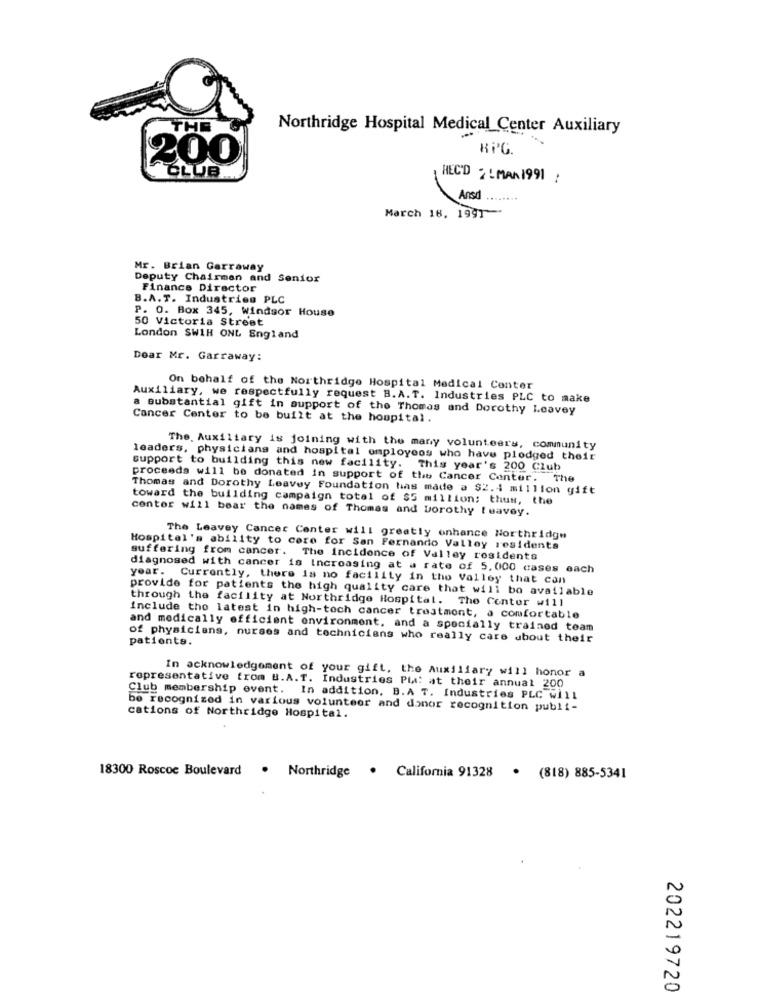
Northridge Hospital Medical Center Auxiliary
RPG.
200
CLUB
HECD !MAN 1991 :
Ansd .
March 18, 1997
Mr. Brian Garraway
Deputy Chairman and Senior
Finance Director
B.A.T. Industries PLC
P. O. Box 345, Windsor House
50 Victoria Street
London SWIH ONL England
Dear Mr. Garraway:
On behalf of the Northridge Hospital Medical Center
Auxiliary, we respectfully request B.A.T. Industries PLC to make
a substantial gift in support of the Thomas and Dorothy Leavey
Cancer Center to be built at the hospital
The. Auxiliary is joining with the many volunteers, community
leaders, physicians and hospital employees who have pledged their
support to building this new facility. This year's 200 Club
proceeds will be donated in support of the Cancer Center. The
Thomas and Dorothy Leavey Foundation has made a $2.4 million gift
toward the building campaign total of $5 million; thus, the
centor will bear the names of Thomas and Dorothy leavey.
The Leavey Cancer Center will greatly enhance Northridge
Hospital's ability to core for San Fernando Valley residents
suffering from cancer. The incidence of Valley residents
diagnosed with cancer is Increasing at a rate of 5,000 cases each
year. Currently, there is no facility in the Valley that can
provide for patients the high quality care that will be available
through the facility at Northridge Hospital. The Center will
include the latest in high-tech cancer treatment, a comfortable
and medically efficient environment, and a specially trained team
of physicians, nurses and techniciens who really care about their
patients.
In acknowledgement of your gift, the Auxiliary will honor a
representative from B.A.T. Industries Pia: at their annual 200
Club membership event. In addition, B.A T. Industries PLC Will
be recognized in various volunteer and donor recognition publi-
cations of Northridge Hospital.
18300 Roscoe Boulevard
.
Northridge
. California 91328 . (818) 885-5341
202219720